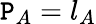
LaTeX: \mathtt{P}_{A}=l_{A}